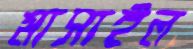
মাসাইল